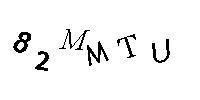
82MMTU